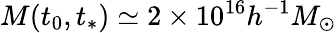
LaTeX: M(t_{0},t_{*})\simeq 2\times 10^{16}h^{-1}M_{\odot}